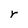
Character: r